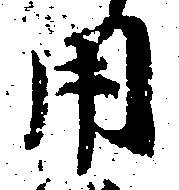
用